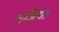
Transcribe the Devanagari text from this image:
राज़िया